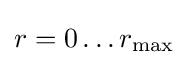
r=0\ldots r_{\mathrm {max} }